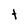
Character: t